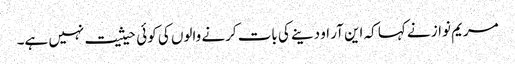
مریم نواز نے کہا کہ این آر او دینے کی بات کرنے والوں کی کوئی حیثیت نہیں ہے۔